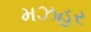
મઝહર